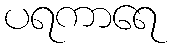
ပရကာရေ